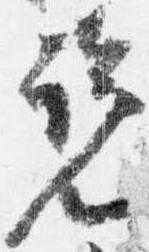
覧